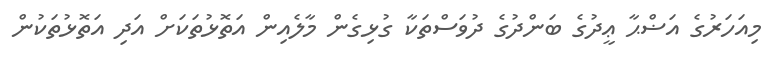
މިއަހަރުގެ އަޟްޙާ ޢީދުގެ ބަންދުގެ ދުވަސްތަކާ ގުޅިގެން މާލެއިން އަތޮޅުތަކަށް އަދި އަތޮޅުތަކުން